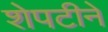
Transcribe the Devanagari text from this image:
शेपटीने